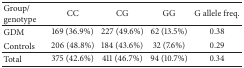
| Group/genotype | CC | CG | GG | G allele freq. |
 | --- | --- | --- | --- | --- |
 | GDM | 169 (36.9%) | 227 (49.6%) | 62 (13.5%) | 0.38 |
 | Controls | 206 (48.8%) | 184 (43.6%) | 32 (7.6%) | 0.29 |
 | Total | 375 (42.6%) | 411 (46.7%) | 94 (10.7%) | 0.34 |